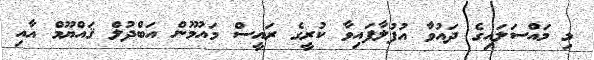
މި މައްސަލައިގެ ދައުވާ އުފުލާފައިވާ ކުރީގެ ރައީސް މައުމޫން އަބްދުލް ޤައްޔޫމް އާއި